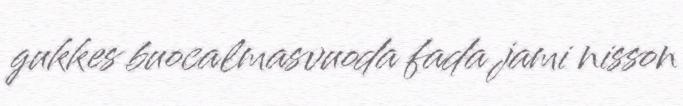
gukkes buocalmasvuoda fada jami nisson